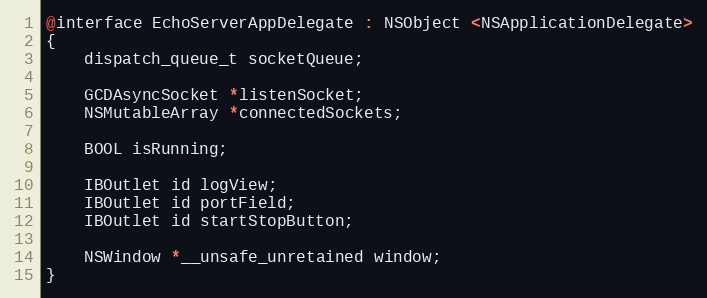
Language: C
@interface EchoServerAppDelegate : NSObject <NSApplicationDelegate>
{
	dispatch_queue_t socketQueue;

	GCDAsyncSocket *listenSocket;
	NSMutableArray *connectedSockets;

	BOOL isRunning;

	IBOutlet id logView;
	IBOutlet id portField;
	IBOutlet id startStopButton;

	NSWindow *__unsafe_unretained window;
}